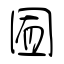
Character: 囿